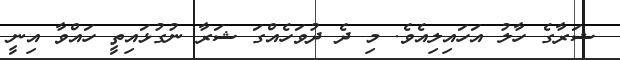
ޝަރާގެ ހާލު އަހައިލިއެވެ. މި ދެ ދުވަހެއްގަ ޝަރާ ނުގުޅައިތީ ހައްވާ އިނީ